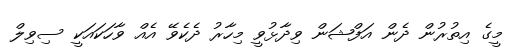
މީގެ އިތުރުން ދެން އަފްޝަން ވިދާޅުވީ މިހާރު ދެކެވޭ އެއް ވާހަކައަކީ ސިވިލް